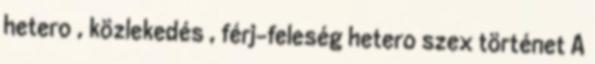
hetero , közlekedés , férj-feleség hetero szex történet A